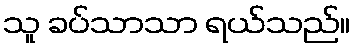
သူ ခပ်သာသာ ရယ်သည်။